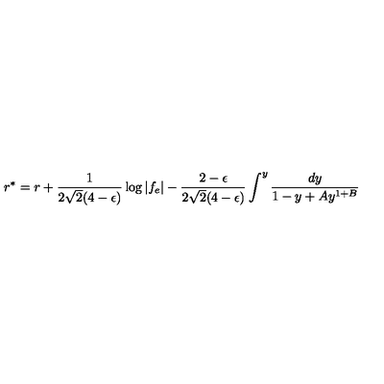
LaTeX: r ^ { * } = r + { \frac { 1 } { 2 \sqrt 2 ( 4 - \epsilon ) } } \log | f _ { e } | - { \frac { 2 - \epsilon } { 2 \sqrt 2 ( 4 - \epsilon ) } } \int ^ { y } { \frac { d y } { 1 - y + A y ^ { 1 + B } } }